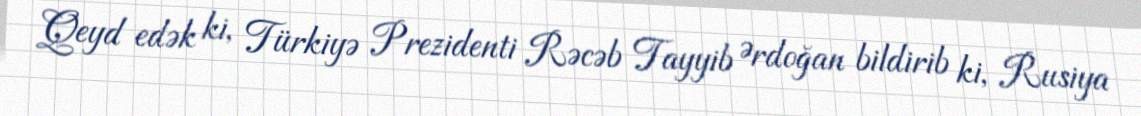
Qeyd edək ki, Türkiyə Prezidenti Rəcəb Tayyib Ərdoğan bildirib ki, Rusiya